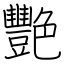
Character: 艷